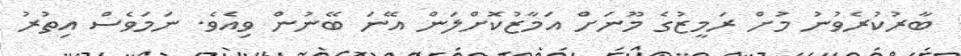
ބާރުކުރެވުނު މުށް ރަމީޒުގެ މޫނަށް އަމާޒުކޮށްލަން އޭނަ ބޭނުން ވިއެވެ. ނަމަވެސް އިތުރު